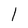
Character: 1